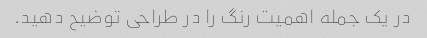
در یک جمله اهمیت رنگ را در طراحی توضیح دهید.